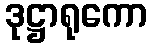
ဒုဋ္ဌာရုကော